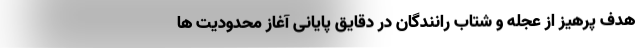
هدف پرهیز از عجله و شتاب رانندگان در دقایق پایانی آغاز محدودیت ها